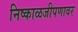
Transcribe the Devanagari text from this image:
निष्काळजीपणावर